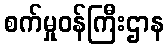
စက်မှုဝန်ကြီးဌာန